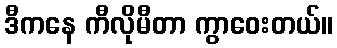
ဒီကနေ ကီလိုမီတာ ကွာဝေးတယ်။